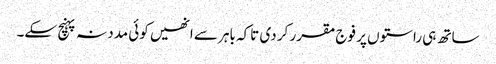
ساتھ ہی راستوں پر فوج مقرر کر دی تاکہ باہر سے انھیں کوئی مدد نہ پہنچ سکے۔